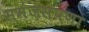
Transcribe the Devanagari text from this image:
समंजसपणा